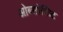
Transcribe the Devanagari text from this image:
ओब्सोलिट